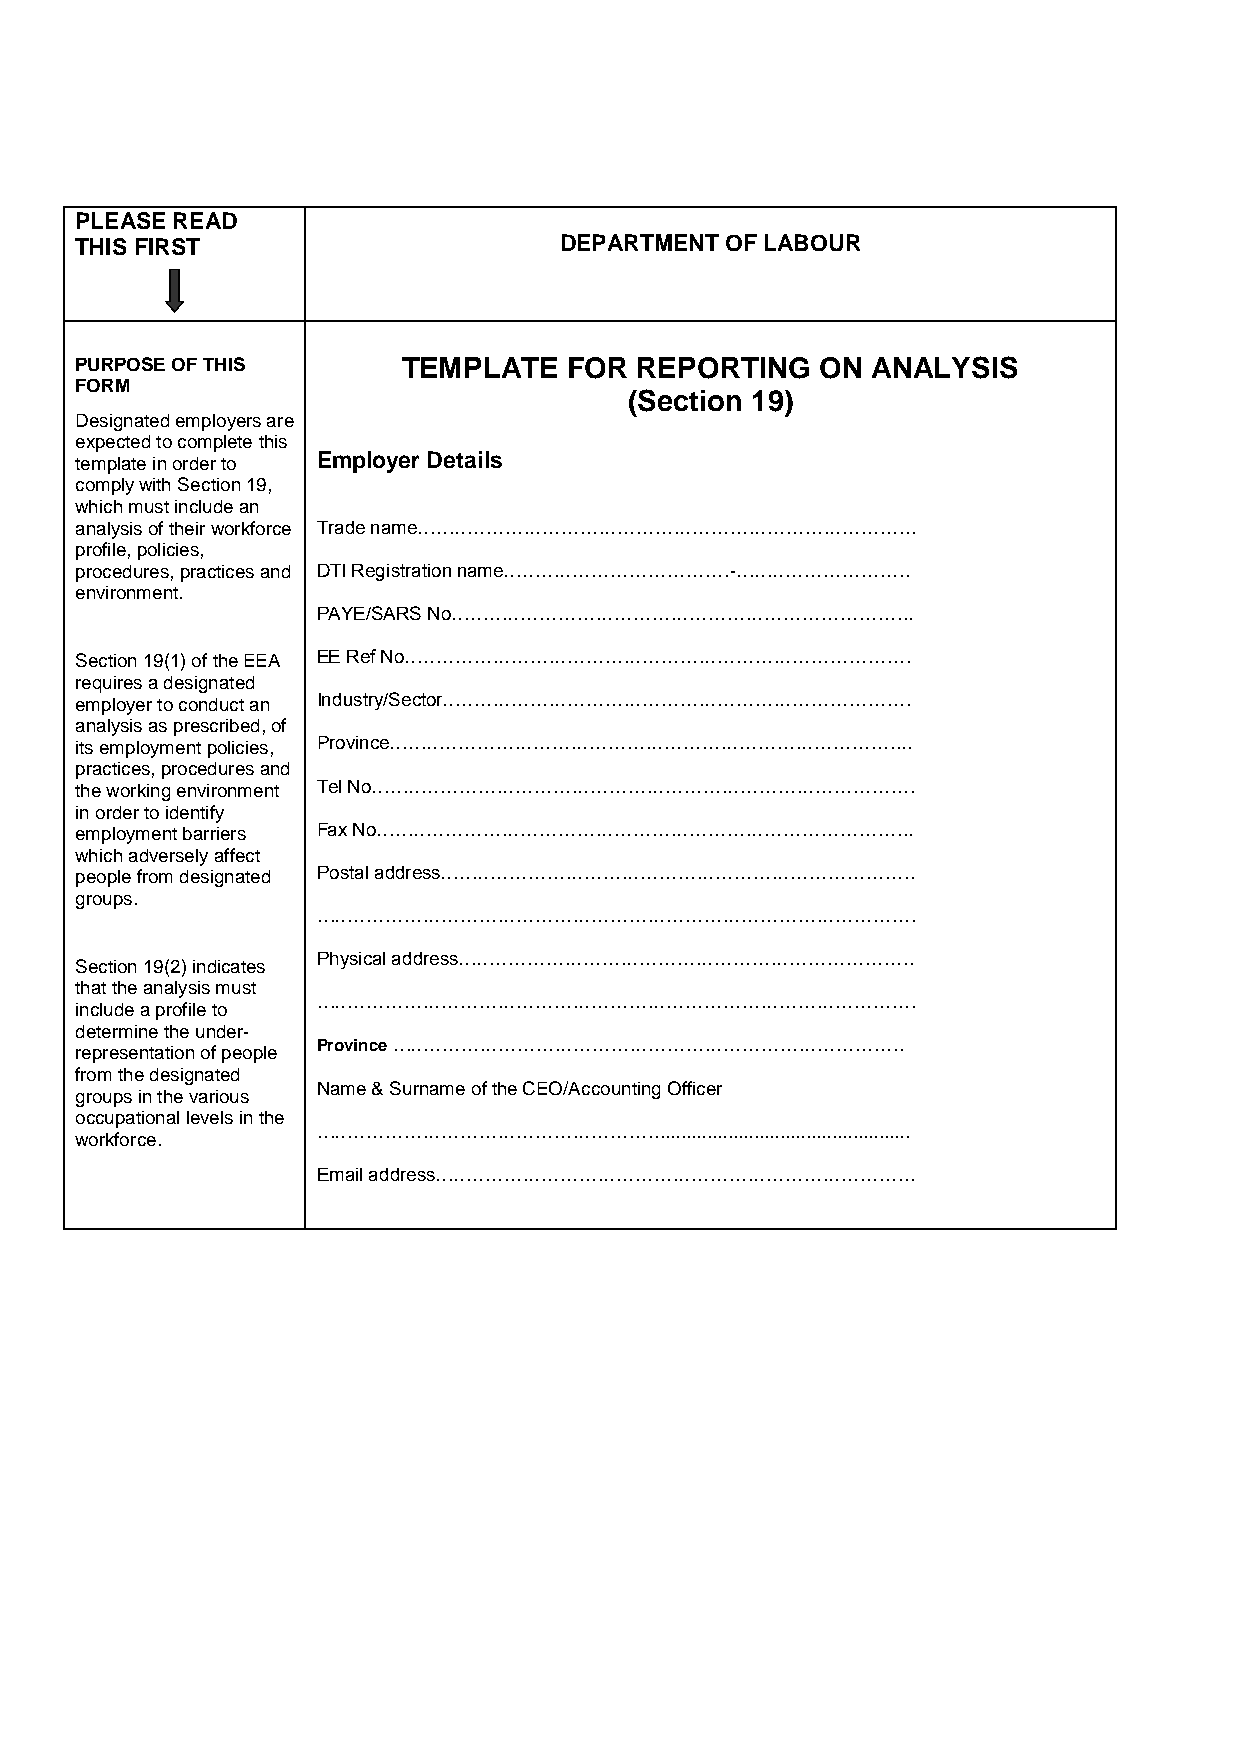
PLEASE READ
 THIS FIRST                      DEPARTMENT OF LABOUR
 PURPOSE OF THIS       TEMPLATE   FOR REPORTING   ON  ANALYSIS
 FORM
 (Section 19)
 Designated employers are
 expected to complete this
 template in order to Employer Details
 comply with Section 19,
 which must include an
 analysis of their workforce Trade name……………………………………………………………………..
 profile, policies,
 procedures, practices and DTI Registration name………………………………-……………………….
 environment.
 PAYE/SARS No………………………………………………………………..
 Section 19(1) of the EEA EE Ref No………………………………………………………………………
 requires a designated
 employer to conduct an Industry/Sector…………………………………………………………………
 analysis as prescribed, of
 its employment policies, Province………………………………………………………………………...
 practices, procedures and
 the working environment Tel No……………………………………………………………………………
 in order to identify
 employment barriers Fax No…………………………………………………………………………..
 which adversely affect
 people from designated Postal address………………………………………………………………….
 groups.
 ……………………………………………………………………………………
 Physical address……………………………………………………………….
 Section 19(2) indicates
 that the analysis must
 ……………………………………………………………………………………
 include a profile to
 determine the under-
 Province ……………………………………………………………………….
 representation of people
 from the designated
 Name & Surname of the CEO/Accounting Officer
 groups in the various
 occupational levels in the
 ……………………………………………….................................................
 workforce.
 Email address…………………………………………………………………..